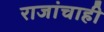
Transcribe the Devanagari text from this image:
राजांचाही